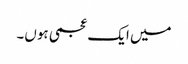
میں ایک عجمی ہوں۔